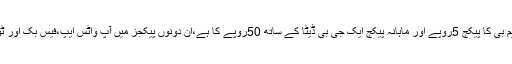
یوفون پر ایک دن کا 100ایم بی کا پیکج 5روپے اور ماہانہ پیکج ایک جی بی ڈیٹا کے ساتھ 50روپے کا ہے،ان دونوں پیکجز میں آپ واٹس ایپ،فیس بک اور ٹویٹر استعمال کرسکتے ہیں۔